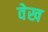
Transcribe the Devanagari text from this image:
वेख